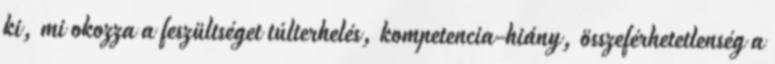
ki, mi okozza a feszültséget túlterhelés, kompetencia-hiány, összeférhetetlenség a